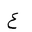
Letter: _ayn